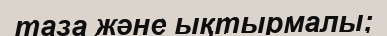
таза және ықтырмалы;